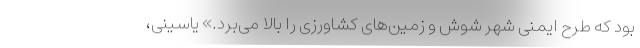
بود که طرح ایمنی شهر شوش و زمین‌های کشاورزی را بالا می‌برد.» یاسینی،